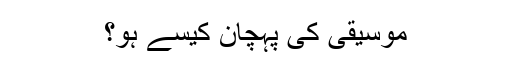
موسیقی کی پہچان کیسے ہو؟